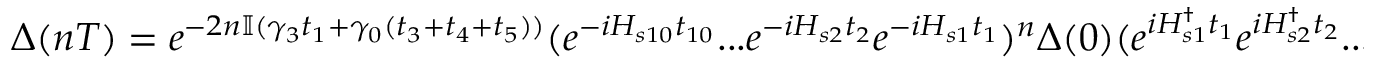
\Delta ( n T ) = e ^ { - 2 n \mathbb { I } ( \gamma _ { 3 } t _ { 1 } + \gamma _ { 0 } ( t _ { 3 } + t _ { 4 } + t _ { 5 } ) ) } ( e ^ { - i H _ { s 1 0 } t _ { 1 0 } } . . . e ^ { - i H _ { s 2 } t _ { 2 } } e ^ { - i H _ { s 1 } t _ { 1 } } ) ^ { n } \Delta ( 0 ) ( e ^ { i H _ { s 1 } ^ { \dagger } t _ { 1 } } e ^ { i H _ { s 2 } ^ { \dagger } t _ { 2 } } . . . e ^ { i H _ { s 1 0 } ^ { \dagger } t _ { 1 0 } } ) ^ { n } ,